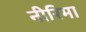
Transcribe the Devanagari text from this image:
नीरिमा